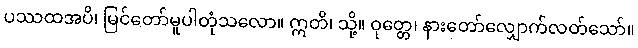
ပဿထအပိ၊ မြင်တော်မူပါတုံသလော။ ဣတိ၊ သို့။ ဝုတ္တေ၊ နားတော်လျှောက်လတ်သော်။